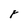
Character: r